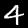
Digit: 4